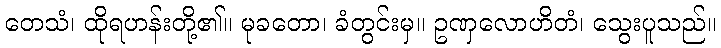
တေသံ၊ ထိုရဟန်းတို့၏။ မုခတော၊ ခံတွင်းမှ။ ဥဏှလောဟိတံ၊ သွေးပူသည်။